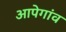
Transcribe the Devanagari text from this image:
आपेगांव